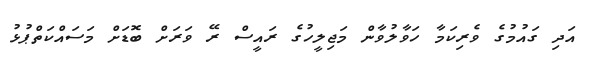
އަދި ގައުމުގެ ވެރިކަމާ ހަވާލުވާން މަޖިލީހުގެ ރައީސް ރޭ ވަރަށް ބޮޑަށް މަސައްކަތްޕުޅު